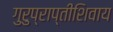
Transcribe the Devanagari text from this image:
गुरुप्राप्तीशिवाय